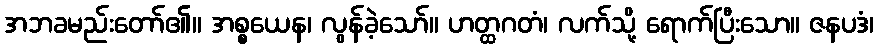
အဘခမည်းတော်၏။ အစ္စယေန၊ လွန်ခဲ့သော်။ ဟတ္ထဂတံ၊ လက်သို့ ရောက်ပြီးသော။ ဇနပဒံ၊